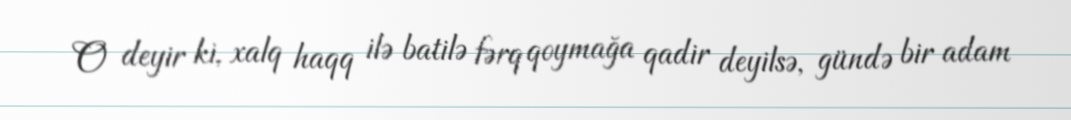
O deyir ki, xalq haqq ilə batilə fərq qoymağa qadir deyilsə, gündə bir adam